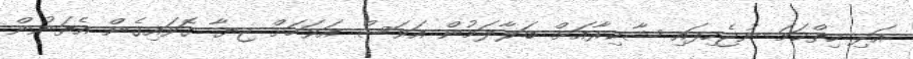
އަދި ހިތްހަމަ ނުޖެހިފައި ޝާކިރާއަށް ބަލާލަމުން އަވަސް އަވަހަށް ޖިޔާ ގޮވައިގެން އެތަނުން